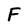
Character: F